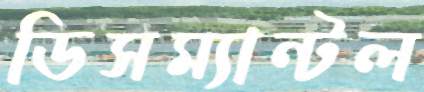
ডিসম্যান্টল